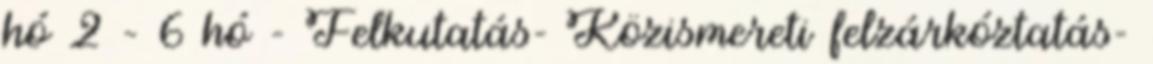
hó 2 – 6 hó - Felkutatás- Közismereti felzárkóztatás-